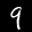
Label: 9